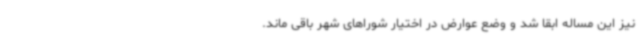
نیز این مساله ابقا شد و وضع عوارض در اختیار شوراهای شهر باقی ماند.